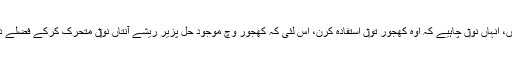
جو لوک اکثر قبض دے شاکی ہُندے نيں، انہاں نو‏ں چاہیے کہ اوہ کھجور تو‏ں استفادہ کرن، اس لئی کہ کھجور وچ موجود حل پزیر ریشے آنتاں نو‏‏ں متحرک کرکے فضلے دے اخراج وچ مدد گار ثابت ہُندے نيں۔